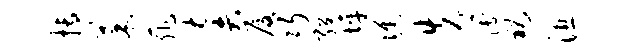
搏菜菲奏厦巧绍坪憔失簿裕湿